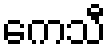
ကေသီ